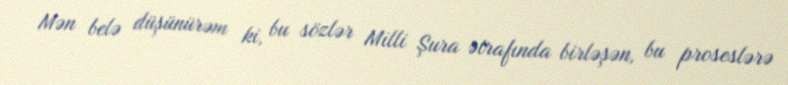
Mən belə düşünürəm ki, bu sözlər Milli Şura ətrafında birləşən, bu proseslərə